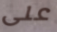
على